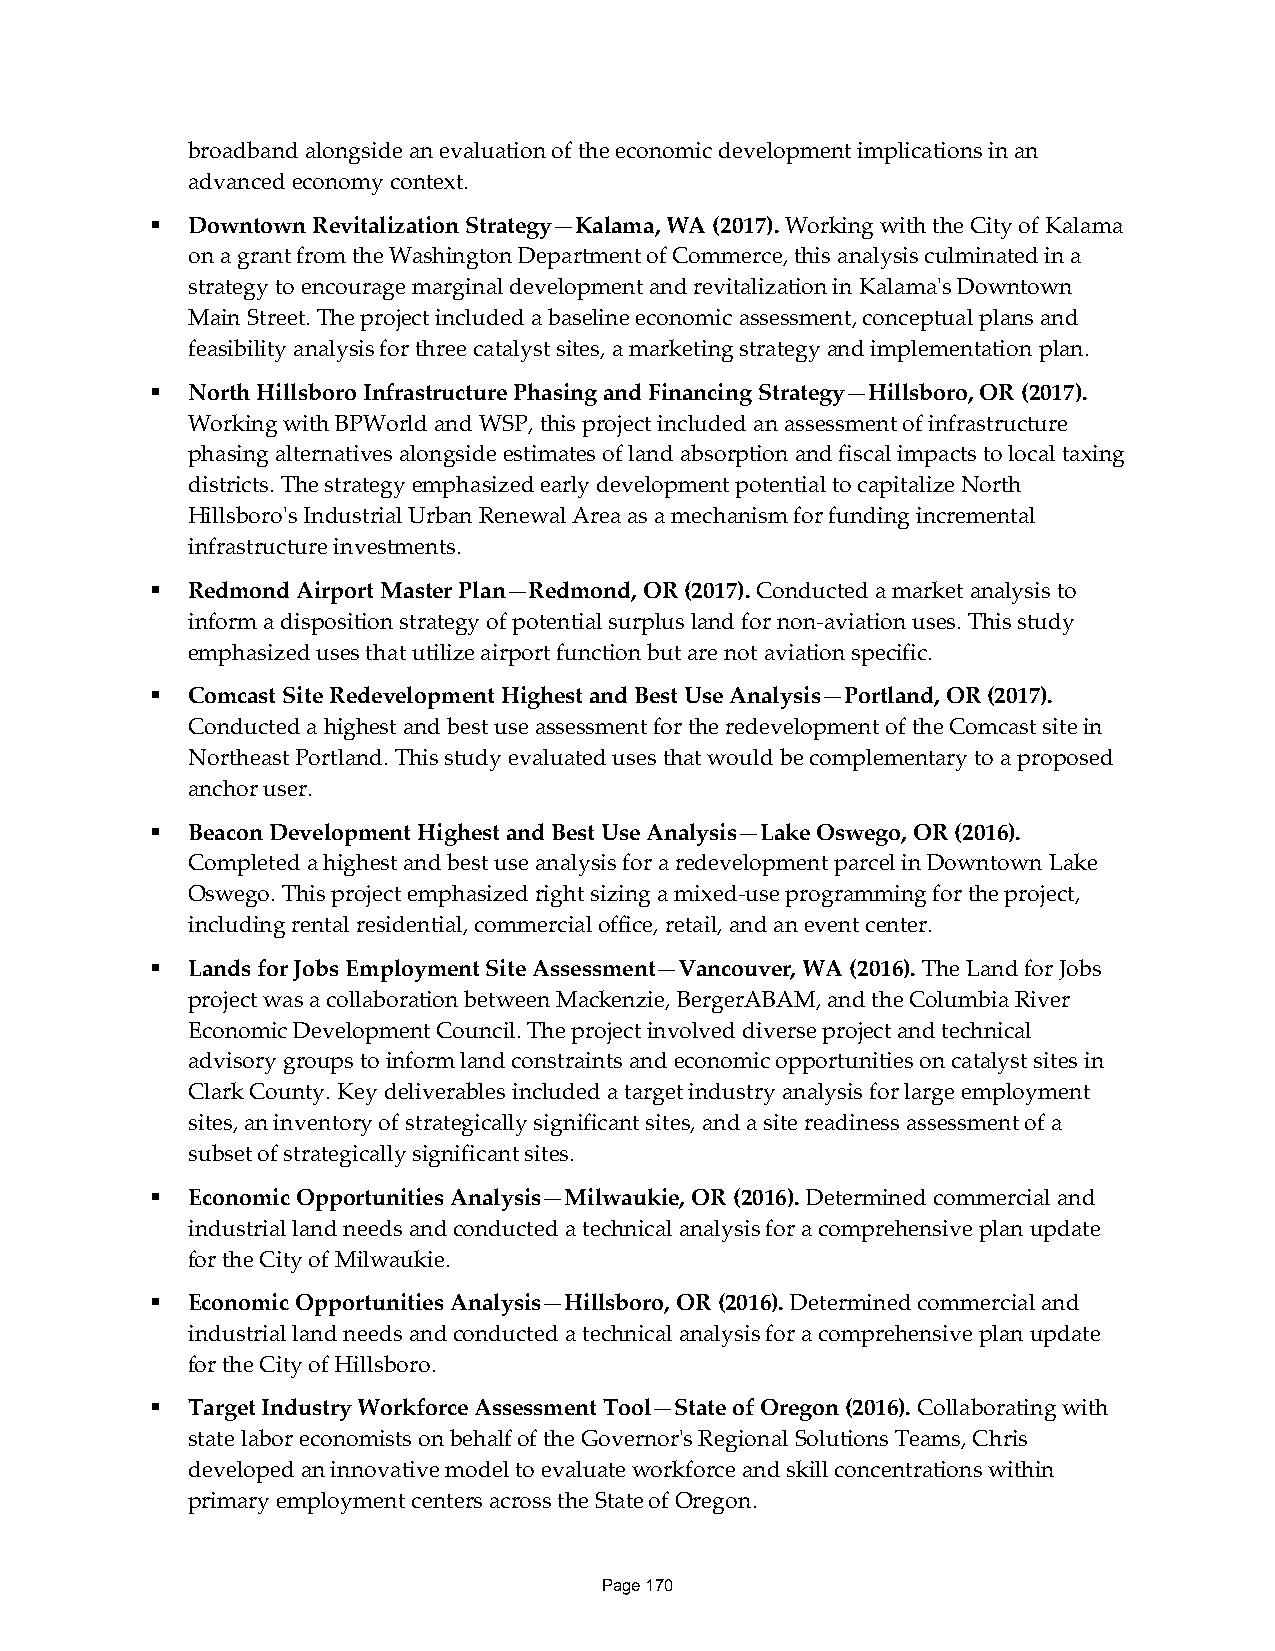
broadband alongside an evaluation of the economic development implications in an
 advanced economy context.
  Downtown Revitalization Strategy—Kalama, WA (2017). Working with the City of Kalama
 on a grant from the Washington Department of Commerce, this analysis culminated in a
 strategy to encourage marginal development and revitalization in Kalama's Downtown
 Main Street. The project included a baseline economic assessment, conceptual plans and
 feasibility analysis for three catalyst sites, a marketing strategy and implementation plan.
  North Hillsboro Infrastructure Phasing and Financing Strategy—Hillsboro, OR (2017).
 Working with BPWorld and WSP, this project included an assessment of infrastructure
 phasing alternatives alongside estimates of land absorption and fiscal impacts to local taxing
 districts. The strategy emphasized early development potential to capitalize North
 Hillsboro's Industrial Urban Renewal Area as a mechanism for funding incremental
 infrastructure investments.
  Redmond Airport Master Plan—Redmond, OR (2017). Conducted a market analysis to
 inform a disposition strategy of potential surplus land for non-aviation uses. This study
 emphasized uses that utilize airport function but are not aviation specific.
  Comcast Site Redevelopment Highest and Best Use Analysis—Portland, OR (2017).
 Conducted a highest and best use assessment for the redevelopment of the Comcast site in
 Northeast Portland. This study evaluated uses that would be complementary to a proposed
 anchor user.
  Beacon Development Highest and Best Use Analysis—Lake Oswego, OR (2016).
 Completed a highest and best use analysis for a redevelopment parcel in Downtown Lake
 Oswego. This project emphasized right sizing a mixed-use programming for the project,
 including rental residential, commercial office, retail, and an event center.
  Lands for Jobs Employment Site Assessment—Vancouver, WA (2016). The Land for Jobs
 project was a collaboration between Mackenzie, BergerABAM, and the Columbia River
 Economic Development Council. The project involved diverse project and technical
 advisory groups to inform land constraints and economic opportunities on catalyst sites in
 Clark County. Key deliverables included a target industry analysis for large employment
 sites, an inventory of strategically significant sites, and a site readiness assessment of a
 subset of strategically significant sites.
  Economic Opportunities Analysis—Milwaukie, OR (2016). Determined commercial and
 industrial land needs and conducted a technical analysis for a comprehensive plan update
 for the City of Milwaukie.
  Economic Opportunities Analysis—Hillsboro, OR (2016). Determined commercial and
 industrial land needs and conducted a technical analysis for a comprehensive plan update
 for the City of Hillsboro.
  Target Industry Workforce Assessment Tool—State of Oregon (2016). Collaborating with
 state labor economists on behalf of the Governor's Regional Solutions Teams, Chris
 developed an innovative model to evaluate workforce and skill concentrations within
 primary employment centers across the State of Oregon.
 Page 170